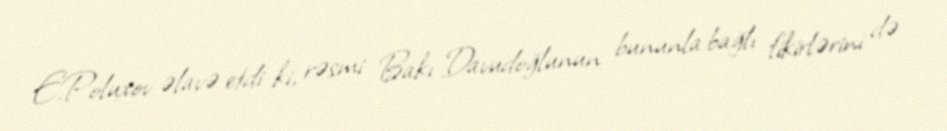
E.Poluxov əlavə etdi ki, rəsmi Bakı Davudoğlunun bununla bağlı fikirlərini də